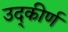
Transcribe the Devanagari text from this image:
उद्‌कीर्ण